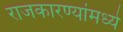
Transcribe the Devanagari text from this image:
राजकारण्यांमध्ये